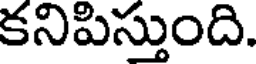
కనిపిస్తుంది.